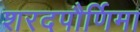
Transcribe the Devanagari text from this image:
शरदपौर्णिमा